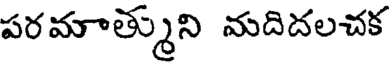
పరమాత్ముని మదిదలచక